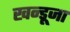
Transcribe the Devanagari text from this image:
खन्डूजा